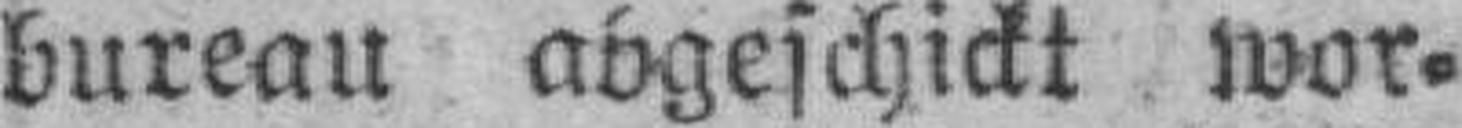
bureau abgeschickt wor¬